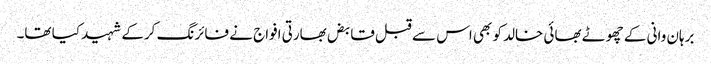
برہان وانی کے چھوٹے بھائی خالد کو بھی اس سے قبل قابض بھارتی افواج نے فائرنگ کرکے شہید کیا تھا۔